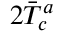
2 \Bar { T } _ { c } ^ { a }